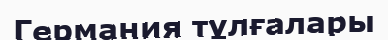
Германия тұлғалары